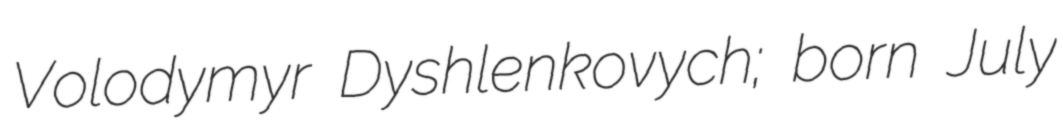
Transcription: Volodymyr Dyshlenkovych; born July